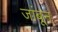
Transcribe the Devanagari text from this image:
जांबून